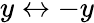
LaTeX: y\leftrightarrow-y